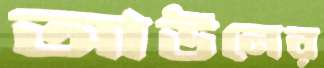
আউনের